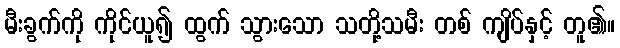
မီးခွက်ကို ကိုင်ယူ၍ ထွက် သွားသော သတို့သမီး တစ် ကျိပ်နှင့် တူ၏။